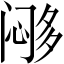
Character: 𱞹